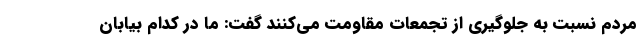
مردم نسبت به جلوگیری از تجمعات مقاومت می‌کنند گفت: ما در کدام بیابان